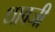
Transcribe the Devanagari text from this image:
धावजी